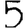
Digit: 5